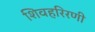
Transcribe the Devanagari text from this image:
शिवहरिरणी